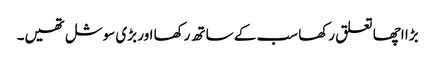
بڑا اچھا تعلق رکھا سب کے ساتھ رکھا اور بڑی سوشل تھیں۔